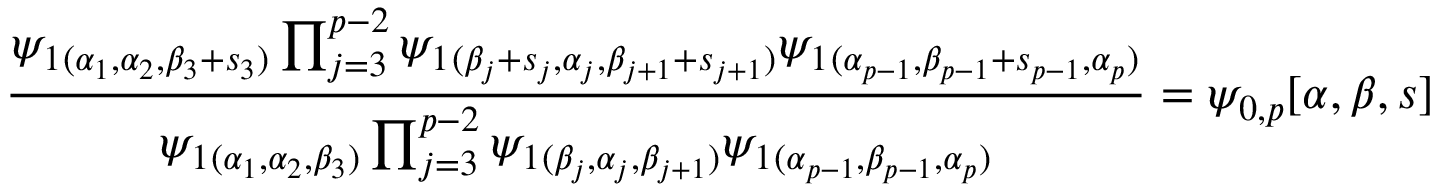
\frac { \psi _ { 1 } { } _ { ( \alpha _ { 1 } , \alpha _ { 2 } , \beta _ { 3 } + s _ { 3 } ) } \prod _ { j = 3 } ^ { p - 2 } \psi _ { 1 } { } _ { ( \beta _ { j } + s _ { j } , \alpha _ { j } , \beta _ { j + 1 } + s _ { j + 1 } ) } \psi _ { 1 } { } _ { ( \alpha _ { p - 1 } , \beta _ { p - 1 } + s _ { p - 1 } , \alpha _ { p } ) } } { \psi _ { 1 } { } _ { ( \alpha _ { 1 } , \alpha _ { 2 } , \beta _ { 3 } ) } \prod _ { j = 3 } ^ { p - 2 } \psi _ { 1 } { } _ { ( \beta _ { j } , \alpha _ { j } , \beta _ { j + 1 } ) } \psi _ { 1 } { } _ { ( \alpha _ { p - 1 } , \beta _ { p - 1 } , \alpha _ { p } ) } } = \psi _ { 0 , p } [ \alpha , \beta , s ]